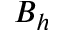
B _ { h }